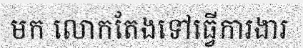
មក លោកតែងទៅធ្វើការងារ